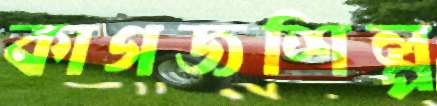
কাগজশিল্প